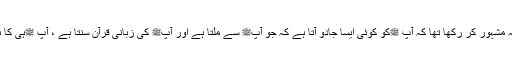
انہوں نے یہ مشہور کر رکھا تھا کہ آپ ﷺکو کوئی ایسا جادو آتا ہے کہ جو آپﷺ سے ملتا ہے اور آپﷺ کی زبانی قرآن سنتا ہے ، آپ ﷺہی کا ہو رہتا ہے۔